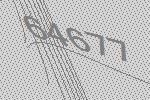
64677